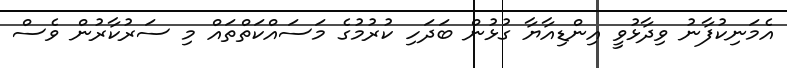
އެމަނިކުފާނު ވިދާޅުވީ އިންޑިއާޔާ ގުޅުން ބަދަހި ކުރުމުގެ މަސައްކަތްތައް މި ސަރުކާރުން ވެސް